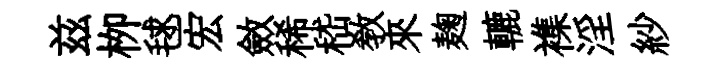
兹栁毬宏斂稀嵇教來麹轆襍淫紗